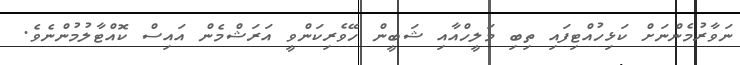
ނަވާރުމެންނަށް ކަޅިހުއްޓިފައި ތިބި މަލީހްއާއި ޝަބީން ހޭވެރިކަންވީ އަރަޝްމެން އައިސް ކޮއްޓާލުމުންނެވެ.